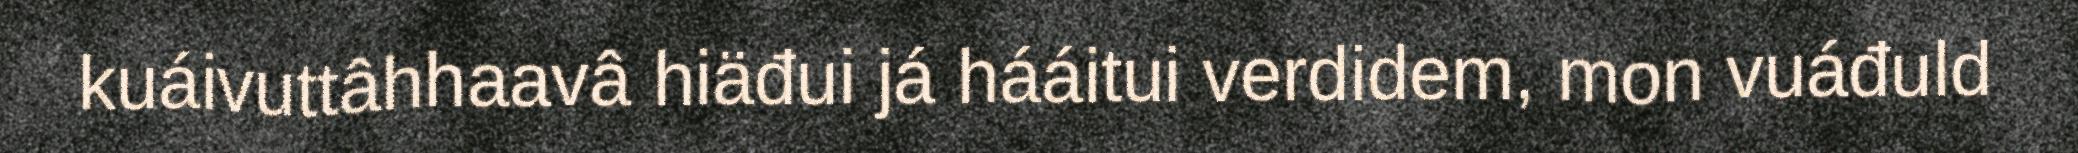
kuáivuttâhhaavâ hiäđui já hááitui verdidem, mon vuáđuld